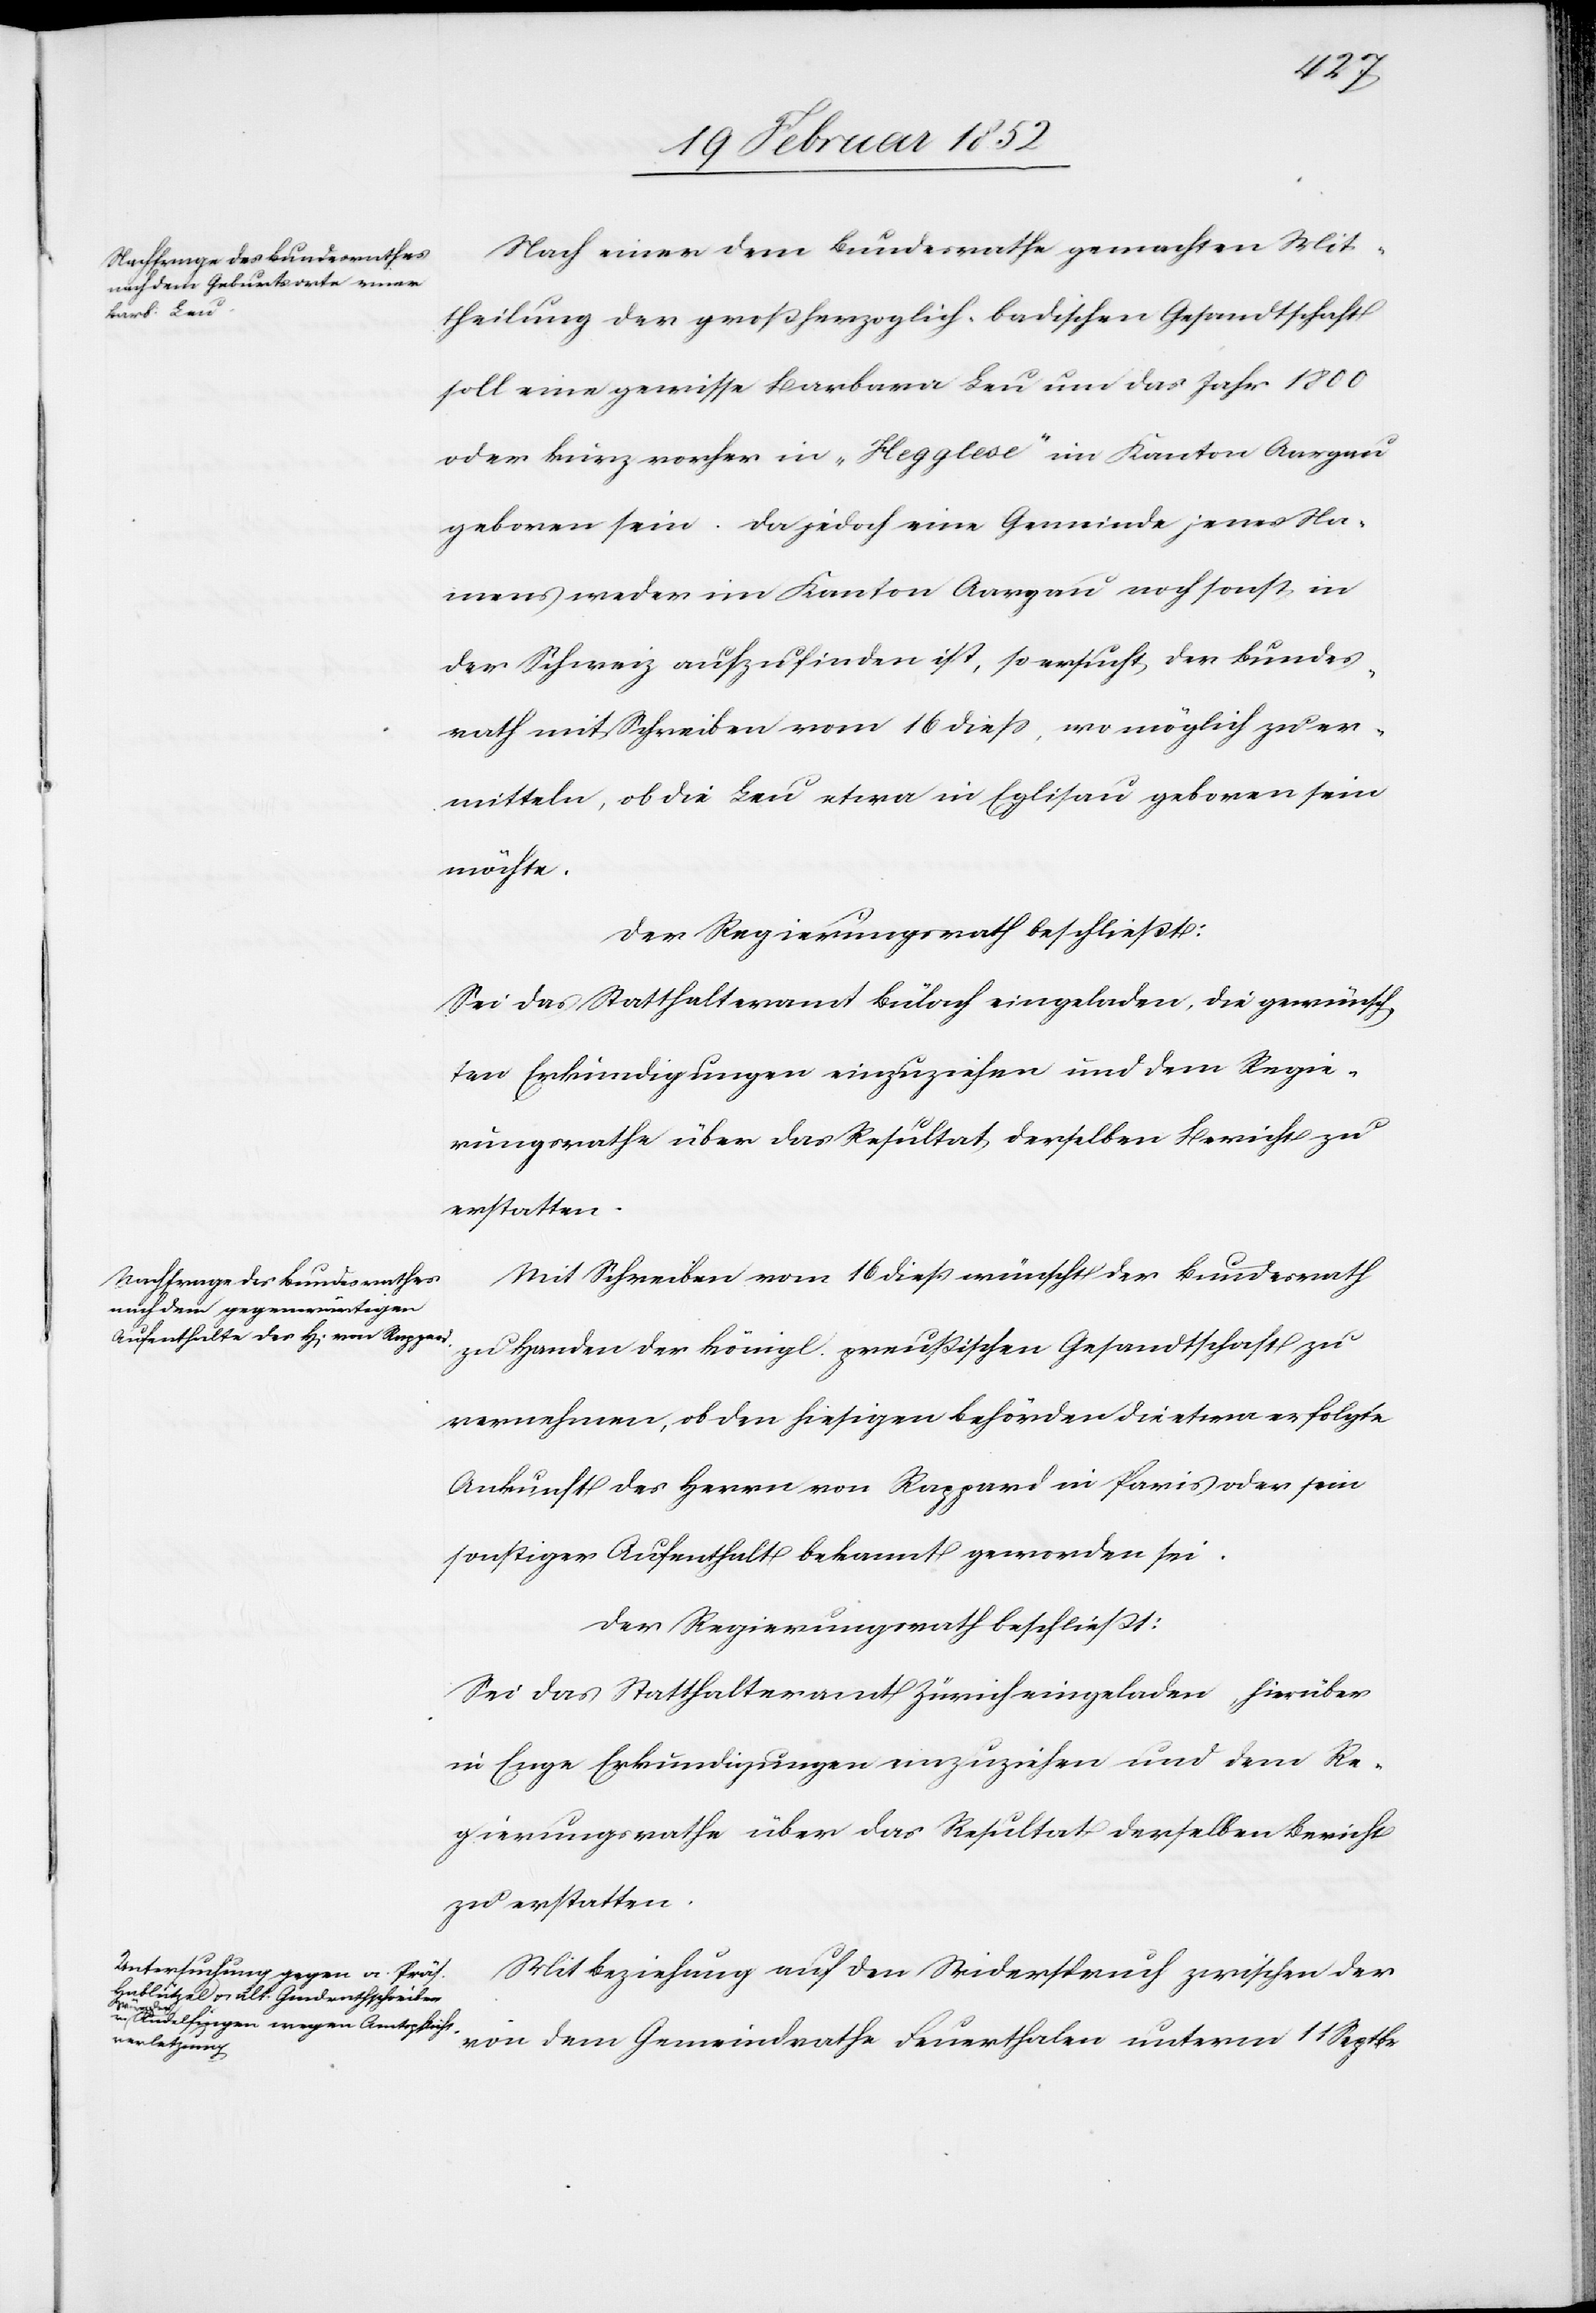
Nach einer dem Bundesrathe gemachten Mit¬
theilung der großherzoglich-badischen Gesandtschaft
soll eine gewisse Barbara Leu um das Jahr 1800
oder kurz vorher in „Hegglese“ im Kanton Aargau
geboren sein. Da jedoch eine Gemeinde jenes Na¬
mens weder im Kanton Aargau noch sonst in
der Schweiz aufzufinden ist, so ersucht der Bundes¬
rath mit Schreiben vom 16 dieß, wo möglich zu er¬
mitteln, ob die Leu etwa in Eglisau geboren sein
möchte.
Der Regierungsrath beschließt:
Sei das Statthalteramt Bülach eingeladen, die gewünsch¬
ten Erkundigungen einzuziehen und dem Regie¬
rungsrathe über das Resultat derselben Bericht zu
erstatten.
Mit Schreiben vom 16 dieß wünscht der Bundesrath
zu Handen der Königl. preußischen Gesandtschaft zu
vernehmen, ob den hiesigen Behörden die etwa erfolgte
Ankunft des Herrn von Rappard in Paris oder sein
sonstiger Aufenthalt bekannt geworden sei.
Der Regierungsrath beschließt:
Sei das Statthalteramt Zürich eingeladen hierüber
in Enge Erkundigungen einzuziehen und dem Re¬
gierungsrathe über das Resultat derselben Bericht
zu erstatten.
Mit Beziehung auf den Widerspruch zwischen der
von dem Gemeindrathe Feuerthalen unterm 11 Septbr